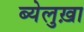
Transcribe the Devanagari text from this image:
ब्येलुख़ा